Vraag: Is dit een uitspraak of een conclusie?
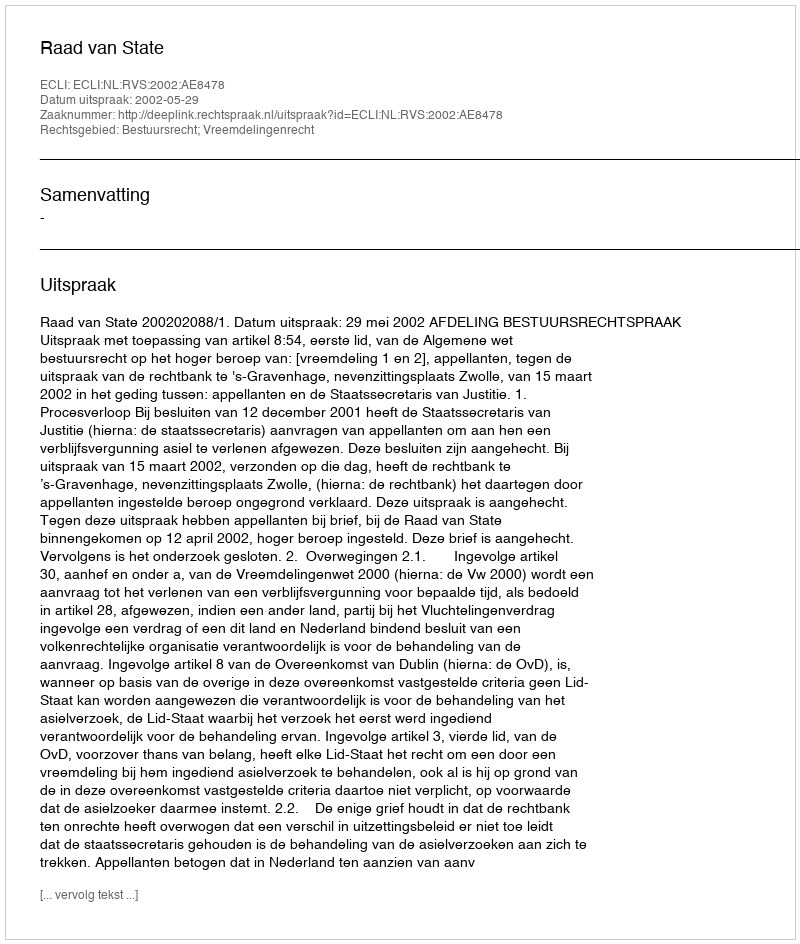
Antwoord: Uitspraak